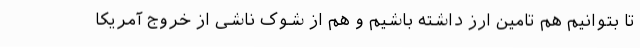
تا بتوانیم هم تامین ارز داشته باشیم و هم از شوک ناشی از خروج آمریکا